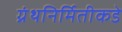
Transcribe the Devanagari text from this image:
ग्रंथनिर्मितीकडे